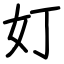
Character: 奵